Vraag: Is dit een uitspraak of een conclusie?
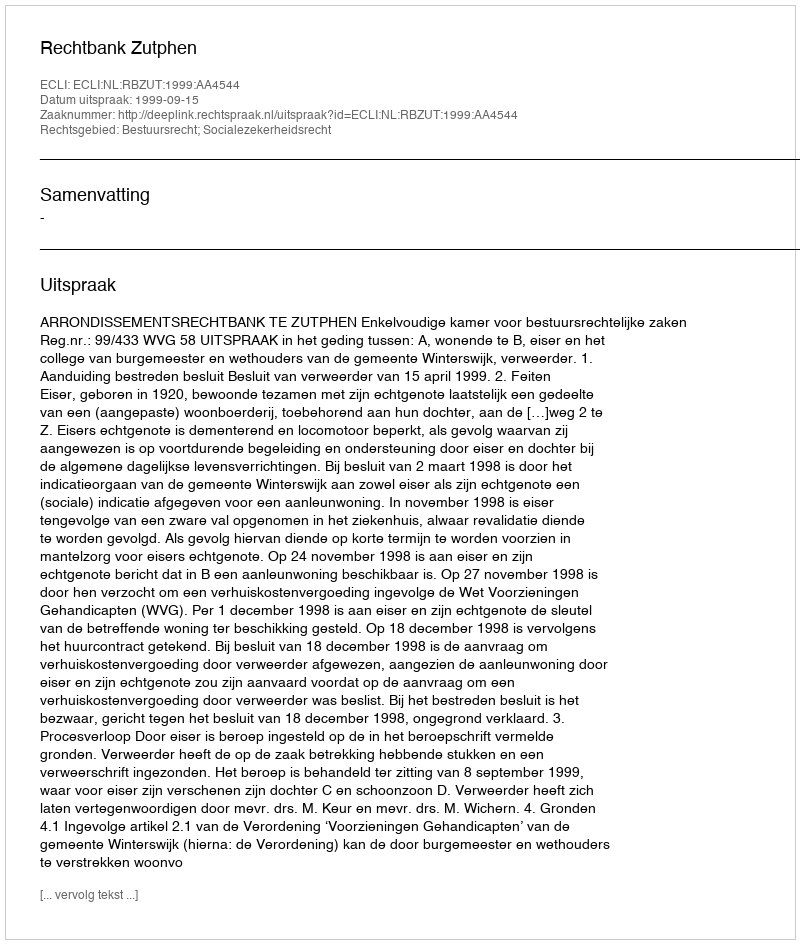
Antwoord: Uitspraak